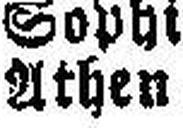
Athen